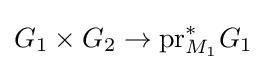
G_{1}\times G_{2}\to \mathrm {pr} _{M_{1}}^{*}G_{1}